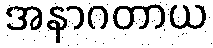
အနာဂတာယ